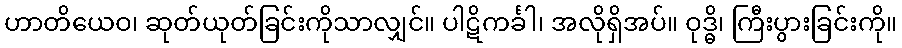
ဟာတိယေဝ၊ ဆုတ်ယုတ်ခြင်းကိုသာလျှင်။ ပါဋိကင်္ခါ၊ အလိုရှိအပ်။ ဝုဒ္ဓိ၊ ကြီးပွားခြင်းကို။